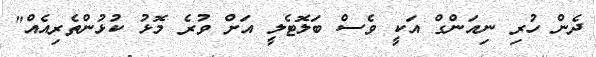
ދެން ހުރި ނިއަންގް އަކީ ވެސް ބަލޮޓެލީ އަށް ވުރެ މޮޅު ކުޅުންތެރިއެއް"